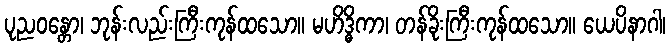
ပုညဝန္တော၊ ဘုန်းလည်းကြီးကုန်ထသော။ မဟိဒ္ဓိကာ၊ တန်ခိုးကြီးကုန်ထသော။ ယေပိနာဂါ၊